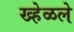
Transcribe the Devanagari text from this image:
ख्हेळले